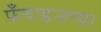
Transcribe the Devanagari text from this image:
फ्रँचाइजच्या